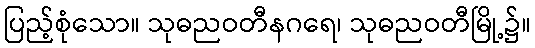
ပြည့်စုံသော။ သုဓညဝတီနဂရေ၊ သုဓညဝတီမြို့၌။